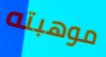
موهبته